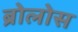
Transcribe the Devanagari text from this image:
ब्रोलोस